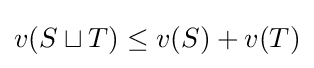
v(S\sqcup T)\leq v(S)+v(T)